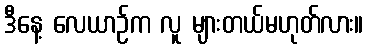
ဒီနေ့ လေယာဉ်က လူ များတယ်မဟုတ်လား။